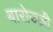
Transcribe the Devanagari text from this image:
बारोज्ज़ी